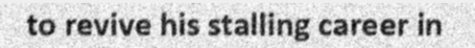
to revive his stalling career in